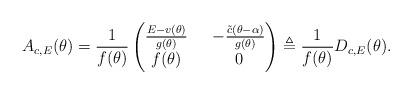
LaTeX: \begin{align*}A_{c, E}(\theta)=\frac{1}{f(\theta)}\left(\begin{matrix}\frac{E-v(\theta)}{g(\theta)}\ \ &-\frac{\tilde{c}(\theta-\alpha)}{g(\theta)}\\f(\theta)\ \ &0\end{matrix}\right)\triangleq\frac{1}{f(\theta)}D_{c, E}(\theta).\end{align*}